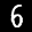
Label: 6